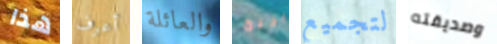
هذا أعرف والعائلة يربح لتجميع وصديقته